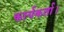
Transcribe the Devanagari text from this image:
कार्यकर्ता।